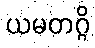
ယမတဂ္ဂိ